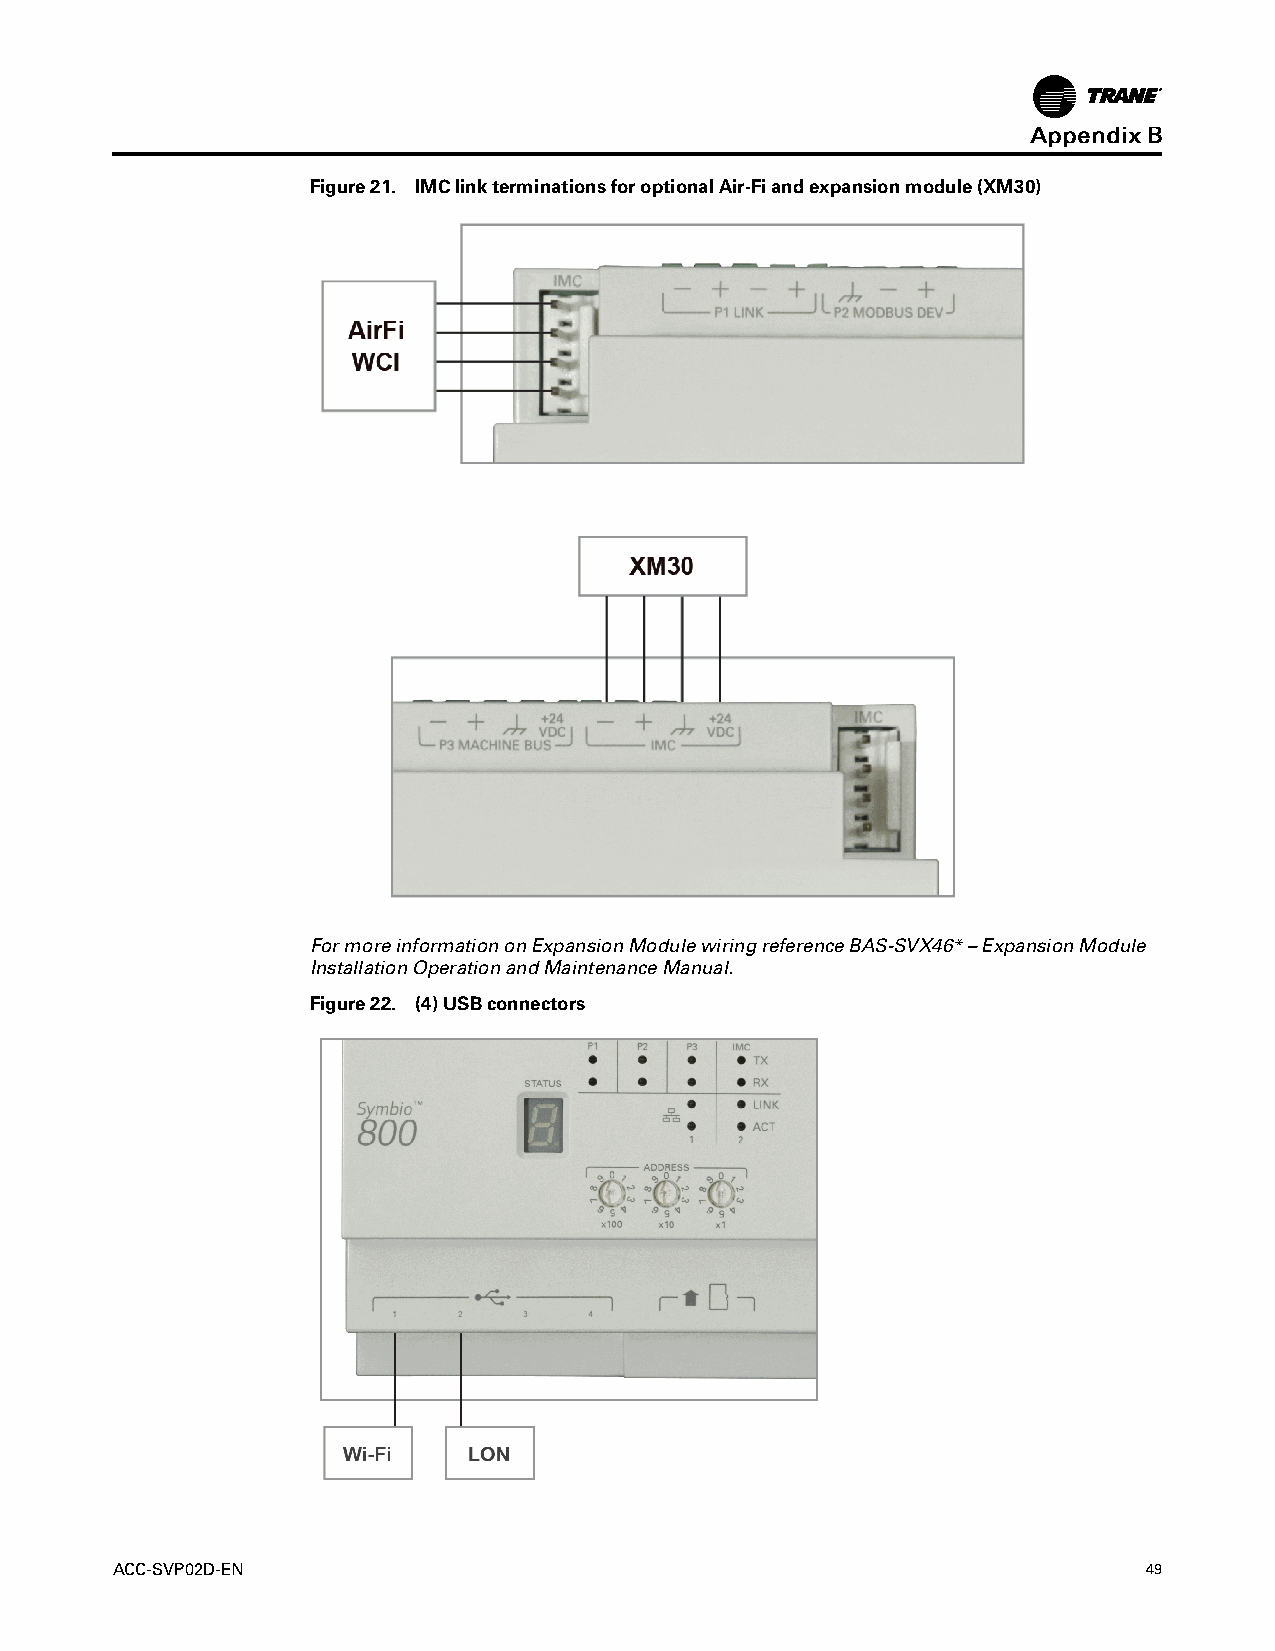
AAppppeennddiixxBB
 Figure21. IMClinkterminationsforoptionalAir-Fiandexpansionmodule(XM30)
 FormoreinformationonExpansionModulewiringreferenceBAS-SVX46*–ExpansionModule
 InstallationOperationandMaintenanceManual.
 Figure22. (4)USBconnectors
 ACC-SVP02D-EN                                                        49